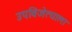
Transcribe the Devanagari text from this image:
उपविजेत्याला